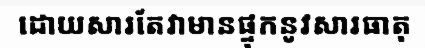
ដោយសារតែវាមានផ្ទុកនូវសារធាតុ